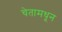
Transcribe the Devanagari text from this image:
चेतामधून